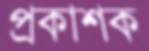
প্রকাশক